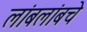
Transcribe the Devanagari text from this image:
लांबलांबचे